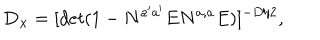
{ \bf D _ { x } } = [ d e t ( 1 - N ^ { a ^ { \prime } a ^ { \prime } } E N ^ { a , a } E ) ] ^ { - D / 2 } , \, \,